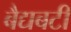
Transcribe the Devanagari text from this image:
बैद्यबटी